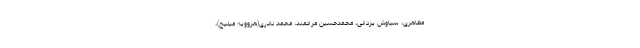
مظاهری، سیاوش یزدانی، محمدحسین مرادمند، محمد نادری(هروویه میلیچ)،